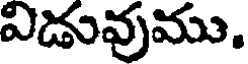
విడువుము.